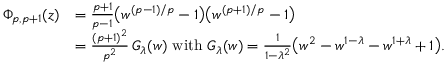
\begin{array} { r l } { \Phi _ { p , p + 1 } ( z ) } & { = \frac { p { + } 1 } { p { - } 1 } \big ( w ^ { ( p - 1 ) / p } - 1 \big ) \big ( w ^ { ( p + 1 ) / p } - 1 \big ) } \\ & { = \frac { ( p { + } 1 ) ^ { 2 } } { p ^ { 2 } } \, G _ { \lambda } ( w ) \mathrm { ~ w i t h ~ } G _ { \lambda } ( w ) = \frac 1 { 1 { - } \lambda ^ { 2 } } \big ( w ^ { 2 } - w ^ { 1 - \lambda } - w ^ { 1 + \lambda } + 1 \big ) . } \end{array}